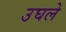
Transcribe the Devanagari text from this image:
उघले